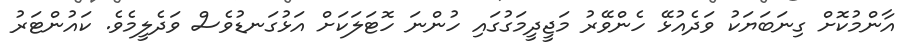
އާންމުކޮށް ގިނަބަޔަކު ވަދެއުޅޭ ހެންވޭރު މަޖީދީމަގުގައި ހުންނަ ހޮޓަލަކަށް އަޅުގަނޑުވެސް ވަދެލީމެވެ. ކައުންޓަރު